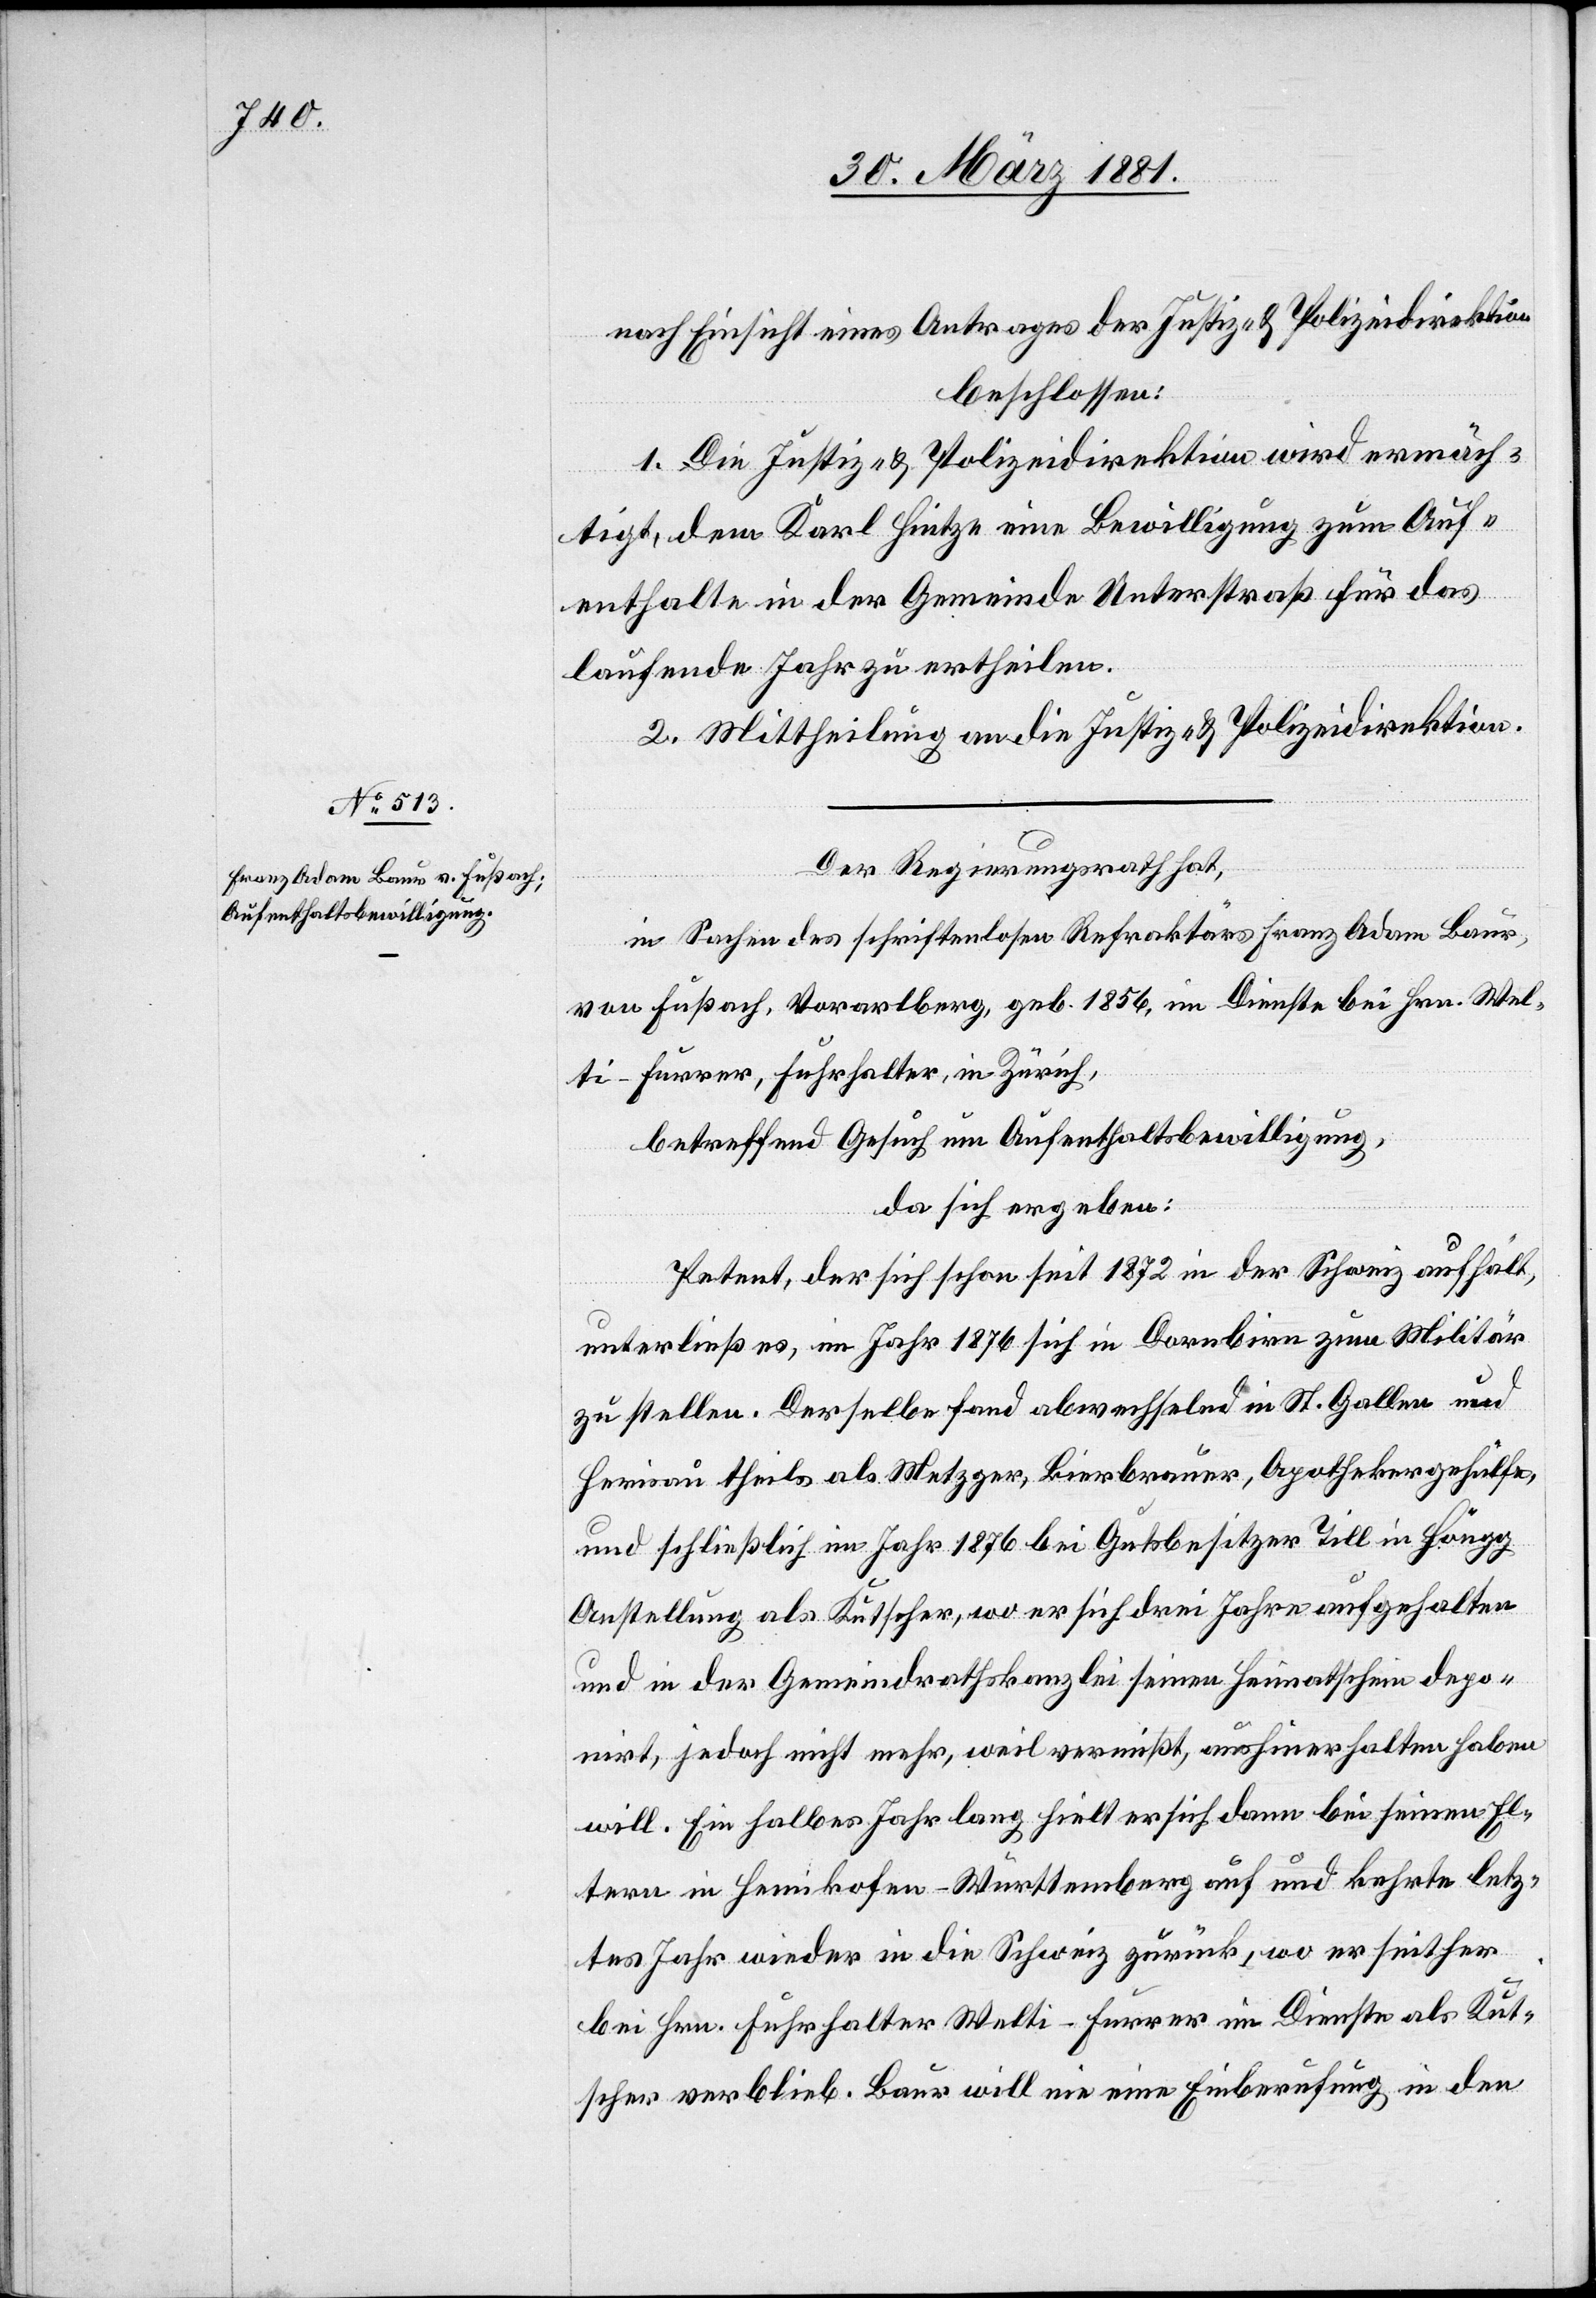
nach Einsicht eines Antrages der Justiz- & Polizeidirektion
beschlossen:
1. Die Justiz- & Polizeidirektion wird ermäch¬
tigt, dem Karl Hintze eine Bewilligung zum Auf¬
enthalte in der Gemeinde Unterstraß für das
laufende Jahr zu ertheilen.
2. Mittheilung an die Justiz- & Polizeidirektion.
Der Regierungsrath hat,
in Sachen des schriftenlosen Refraktärs Franz Adam Baur,
von Fußach, Vorarlberg, geb. 1856, im Dienste bei Hrn. Wel¬
ti-Furrer, Fuhrhalter, in Zürich,
betreffend Gesuch um Aufenthaltsbewilligung,
da sich ergeben:
Petent, der sich schon seit 1872 in der Schweiz aufhält,
unterließ es, im Jahr 1876 sich in Dornbirn zum Militär
zu stellen. Derselbe fand abwechselnd in St. Gallen und
Herisau theils als Metzger, Bierbrauer, Apothekergehülfe,
und schließlich im Jahr 1876 bei Gutsbesitzer Till in Höngg
Anstellung als Kutscher, wo er sich drei Jahre aufgehalten
und in der Gemeindrathskanzlei seinen Heimatschein depo¬
nirt, jedoch nicht mehr, weil vermißt, aushinerhalten haben
will. Ein halbes Jahr lang hielt er sich dann bei seinen El¬
tern in Hemikofen - Württemberg auf und kehrte letz¬
tes Jahr wieder in die Schweiz zurück, wo er seither
bei Hrn. Fuhrhalter Welti-Furrer im Dienste als Kut¬
scher verblieb. Baur will nie eine Einberufung in den